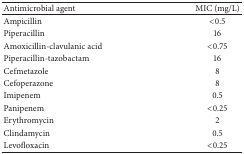
<table><thead><tr><td><b>Antimicrobial agent</b></td><td><b>MIC (mg/L)</b></td></tr></thead><tbody><tr><td>Ampicillin</td><td>&lt;0.5</td></tr><tr><td>Piperacillin</td><td>16</td></tr><tr><td>Amoxicillin-clavulanic acid</td><td>&lt;0.75</td></tr><tr><td>Piperacillin-tazobactam</td><td>16</td></tr><tr><td>Cefmetazole</td><td>8</td></tr><tr><td>Cefoperazone</td><td>8</td></tr><tr><td>Imipenem</td><td>0.5</td></tr><tr><td>Panipenem</td><td>&lt;0.25</td></tr><tr><td>Erythromycin</td><td>2</td></tr><tr><td>Clindamycin</td><td>0.5</td></tr><tr><td>Levofloxacin</td><td>&lt;0.25</td></tr></tbody></table>